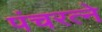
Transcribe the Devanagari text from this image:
पंचरत्‍ने